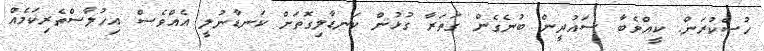
ހުސްކުރަން. ކީއްވެބާ ސައުދީން ބުނެގެން ގަތަރާ ގުޅުން ކަނޑާލިގޮތަށް ކަނޑާނުލީ އެއްވެސް އިހުލާސްތެރިކަމެއް